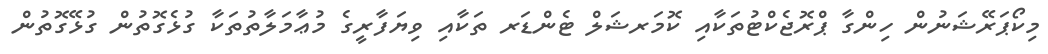
މިކޯޕަރޭޝަނުން ހިންގާ ޕްރޮޖެކްޓުތަކާއި ކޮމަރޝަލް ޓެންޑަރ ތަކާއި ވިޔަފާރީގެ މުޢާމަލާތުތަކާ ގުޅެގޮތުން ގުޅޭގޮތުން